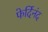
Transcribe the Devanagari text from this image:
फेर्दिनंद